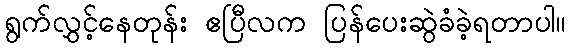
ရွက်လွှင့်နေတုန်း ဧပြီလက ပြန်ပေးဆွဲခံခဲ့ရတာပါ။